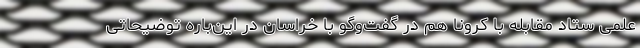
علمی ستاد مقابله با کرونا هم در گفت‌وگو با خراسان در این‌باره توضیحاتی